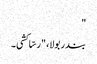
"
بندر بولا، "رسّا کشی۔